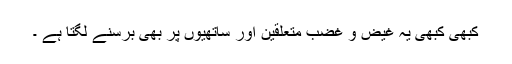
کبھی کبھی یہ غیض و غضب متعلقین اور ساتھیوں پر بھی برسنے لگتا ہے ۔